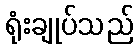
ရုံးချုပ်သည်